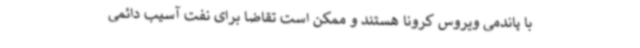
با پاندمی ویروس کرونا هستند و ممکن است تقاضا برای نفت آسیب دائمی